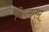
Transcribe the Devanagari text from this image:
चिन्तनम्